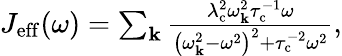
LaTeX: \begin{array}{r}{J_{\mathrm{eff}}(\omega)=\sum_{\mathbf{k}}\frac{\lambda_{\mathrm{c}}^{2}\omega_{\mathbf{k}}^{2}\tau_{\mathrm{c}}^{-1}\omega}{\left(\omega_{\mathbf{k}}^{2}-\omega^{2}\right)^{2}+\tau_{\mathrm{c}}^{-2}\omega^{2}},}\end{array}